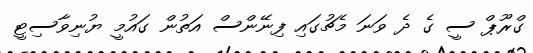
ގްރޫޕް ސީ ގެ ދެ ވަނަ މެޗުގައި ފިނޭންސް އަތުން ގައުމީ ޔުނިވާސިޓީ